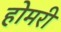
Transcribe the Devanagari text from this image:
होमरी